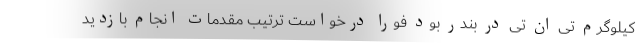
کیلوگرم تی ان تی در بندر بود فورا درخواست ترتیب مقدمات انجام بازدید